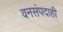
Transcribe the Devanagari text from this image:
वनसंपदाही